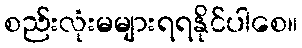
စည်းလုံးမများရရနိုင်ပါစေ။